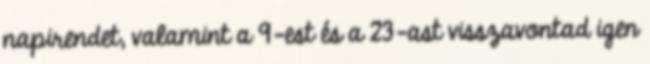
napirendet, valamint a 9-est és a 23-ast visszavontad igen